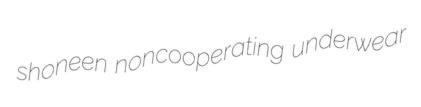
shoneen noncooperating underwear